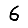
Digit: 6